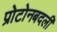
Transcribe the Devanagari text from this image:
प्रोटोनबदली